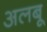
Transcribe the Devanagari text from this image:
अलबू